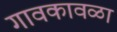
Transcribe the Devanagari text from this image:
गावकावळा